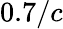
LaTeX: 0.7/c